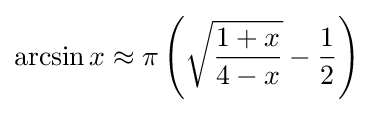
\arcsin x\approx \pi \left({\sqrt {\frac {1+x}{4-x}}}-{\frac {1}{2}}\right)